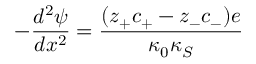
- \frac { d ^ { 2 } \psi } { d x ^ { 2 } } = \frac { ( z _ { + } c _ { + } - z _ { - } c _ { - } ) e } { \kappa _ { 0 } \kappa _ { S } }